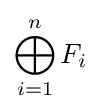
\bigoplus _{i=1}^{n}{F_{i}}